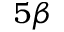
5 \beta